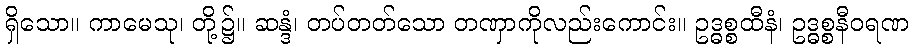
ရှိသော။ ကာမေသု၊ တို့၌။ ဆန္ဒံ၊ တပ်တတ်သော တဏှာကိုလည်းကောင်း။ ဥဒ္ဓစ္စထီနံ၊ ဥဒ္ဓစ္စနီဝရဏ